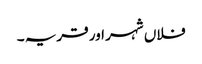
فلاں شہر اور قریہ ۔